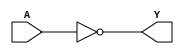
module NOT(Y,A);
	input A;
	output Y;
	nand(Y,A,A);
endmodule
module AND(Y,A,B);
	input A,B;
	output Y;
	wire x;	
	nand(x,A,B);
	nand(Y,x,x);
endmodule

module DEMUX12(Y1,Y2,S,D);
	output Y1,Y2;
	input S,D;
	wire s;
	NOT n_1(s,S);
	AND and_1(Y1,s,D);
	AND and_2(Y2,S,D);
endmodule

module DEMUX_4(Y0,Y1,Y2,Y3,S0,S1,D);
input S0,S1,D;
output Y0,Y1,Y2,Y3;
wire x,y;
DEMUX12 mux_1(x,y,S0,D);
DEMUX12 mux_2(Y0,Y1,S1,x);
DEMUX12 mux_3(Y2,Y3,S1,y);
endmodule